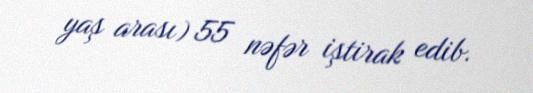
yaş arası) 55 nəfər iştirak edib.